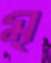
মৃ